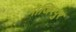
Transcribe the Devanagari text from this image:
नाजिरपुर